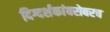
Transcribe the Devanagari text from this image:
दिग्दर्शकांबरोबरच